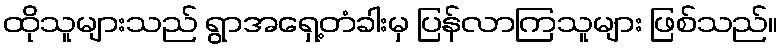
ထိုသူများသည် ရွာအရှေ့တံခါးမှ ပြန်လာကြသူများ ဖြစ်သည်။